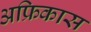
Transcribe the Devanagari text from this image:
अफ्रिकास